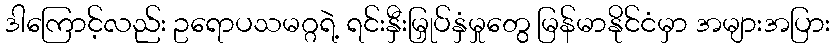
ဒါကြောင့်လည်း ဥရောပသမဂ္ဂရဲ့ ရင်းနှီးမြှုပ်နှံမှုတွေ မြန်မာနိုင်ငံမှာ အများအပြား